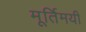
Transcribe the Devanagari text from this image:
मूर्तिमयी